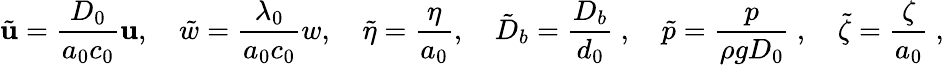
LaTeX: \tilde{\mathbf{u}}=\frac{D_{0}}{a_{0}c_{0}}\mathbf{u},\quad\tilde{w}=\frac{\lambda_{0}}{a_{0}c_{0}}w,\quad\tilde{\eta}=\frac{\eta}{a_{0}},\quad\tilde{D}_{b}=\frac{D_{b}}{d_{0}}\ ,\quad\tilde{p}=\frac{p}{\rho gD_{0}}\ ,\quad\tilde{\zeta}=\frac{\zeta}{a_{0}}\ ,